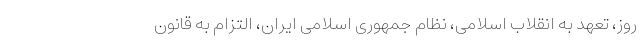
روز، تعهد به انقلاب اسلامی، نظام جمهوری اسلامی ایران، التزام به قانون